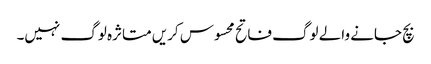
بچ جانے والے لوگ فاتح محسوس کریں متاثرہ لوگ نہیں۔